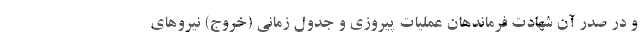
و در صدر آن شهادت فرماندهان عملیات پیروزی و جدول زمانی (خروج) نیروهای